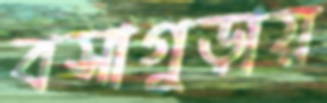
বসাগুড়ায়